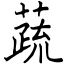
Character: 蔬